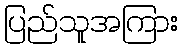
ပြည်သူအကြား